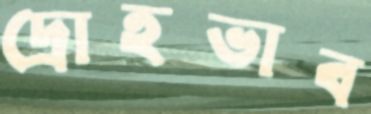
দ্রোহভাব